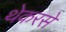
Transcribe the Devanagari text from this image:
थेकरसे